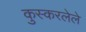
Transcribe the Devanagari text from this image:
कुस्करलेले